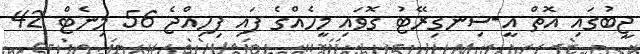
ޖީބުގައި އޮތް އީ-ސިނގިރޭޓު ގޮވައި މީހެއްގެ ފައި ފިހިއްޖެ 56 މިނެޓް 42